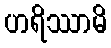
ဟရိဿာမိ